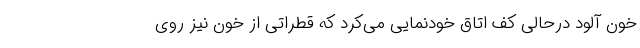
خون آلود درحالی کف اتاق خودنمایی می‌کرد که قطراتی از خون نیز روی